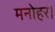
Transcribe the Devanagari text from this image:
मनोहर।